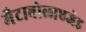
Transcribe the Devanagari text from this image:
मैटाबोलाएजेड